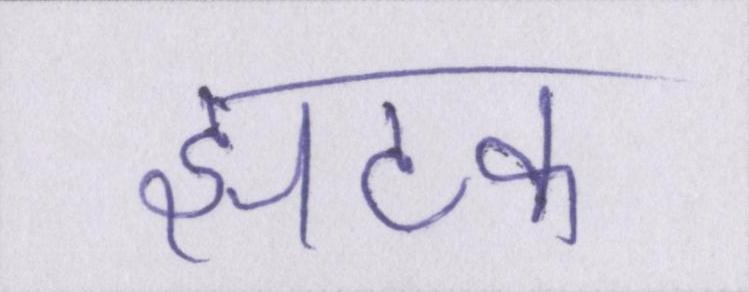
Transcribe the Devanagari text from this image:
झटका